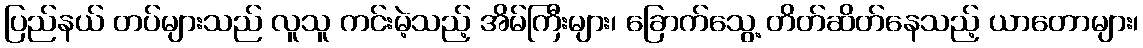
ပြည်နယ် တပ်များသည် လူသူ ကင်းမဲ့သည့် အိမ်ကြီးများ၊ ခြောက်သွေ့ တိတ်ဆိတ်နေသည့် ယာတောများ၊